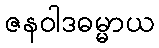
ဇနဝါဒဓမ္မာယ